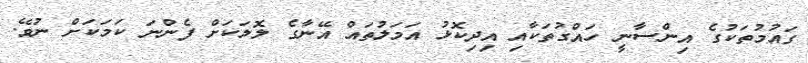
ގައުމުތަކުގެ އިންސާނީ ހައްގުތަކާއި އިދިކޮޅު އަމަލުތައް އޭނާގެ ލޮލަކަށް ފެންނަ ކަމަކަށް ނުވޭ.